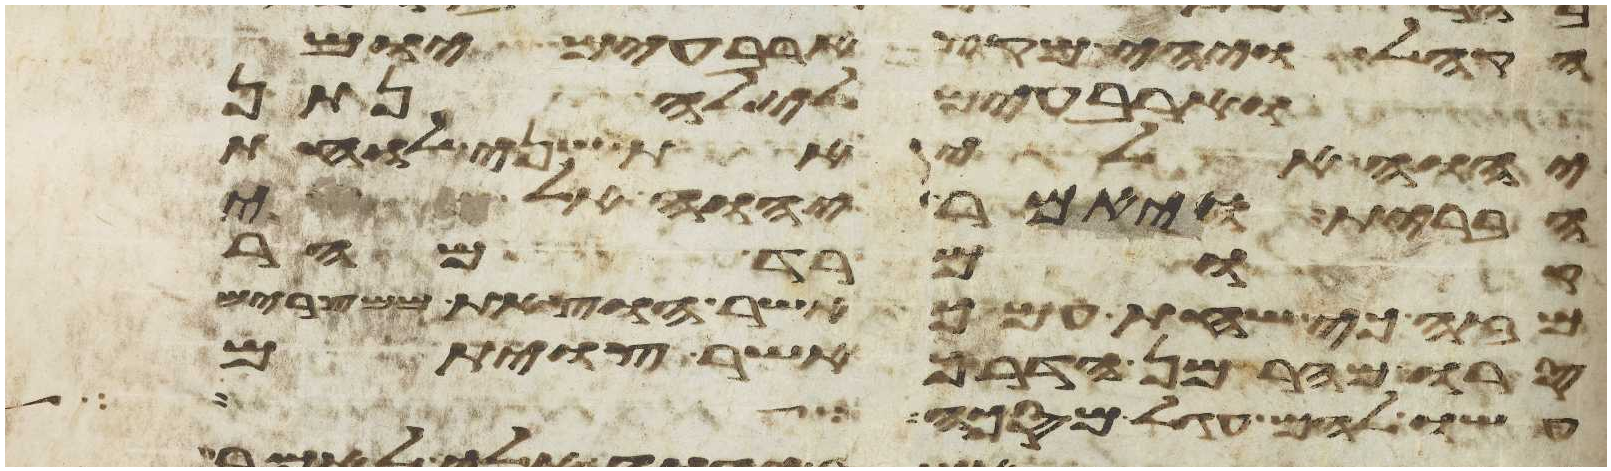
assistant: הקהל ויהי מקץ ארבעים יום
וארבעים לילה נתן
יהוה אלי את שני לוחת
הברית ויאמר יהוה אלי
רד מהר
מזה כי שחת עמך אשר הוצאת
סרו מהר מן הדרך אשר צויתם
עשו להם עגל מסכה ויאמר יהוה אלי